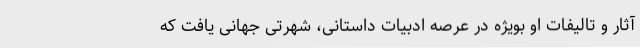
آثار و تالیفات او بویژه در عرصه ادبیات داستانی، شهرتی جهانی یافت که